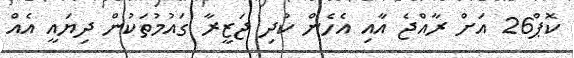
ކޮޕް26 އަށް ރާއްޖެ އާއި އެހެން ކުދި ޖަޒީރާ ގައުމުތަކުން ދިޔައީ އެއް